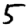
Digit: 5